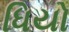
ધિયો